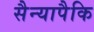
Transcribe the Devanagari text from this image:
सैन्यापैकि